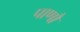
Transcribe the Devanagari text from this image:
पाणौ